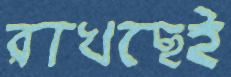
রাখছেই